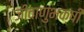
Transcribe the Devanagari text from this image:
जीवाणुभक्षी